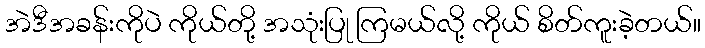
အဲဒီအခန်းကိုပဲ ကိုယ်တို့ အသုံးပြု ကြမယ်လို့ ကိုယ် စိတ်ကူးခဲ့တယ်။